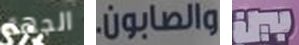
الجهة والصابون. بين